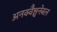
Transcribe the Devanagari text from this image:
अनक्वैश्चनेबल